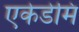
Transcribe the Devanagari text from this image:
एकेडेमि